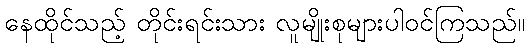
နေထိုင်သည့် တိုင်းရင်းသား လူမျိုးစုများပါဝင်ကြသည်။